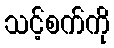
သင့်စက်ကို